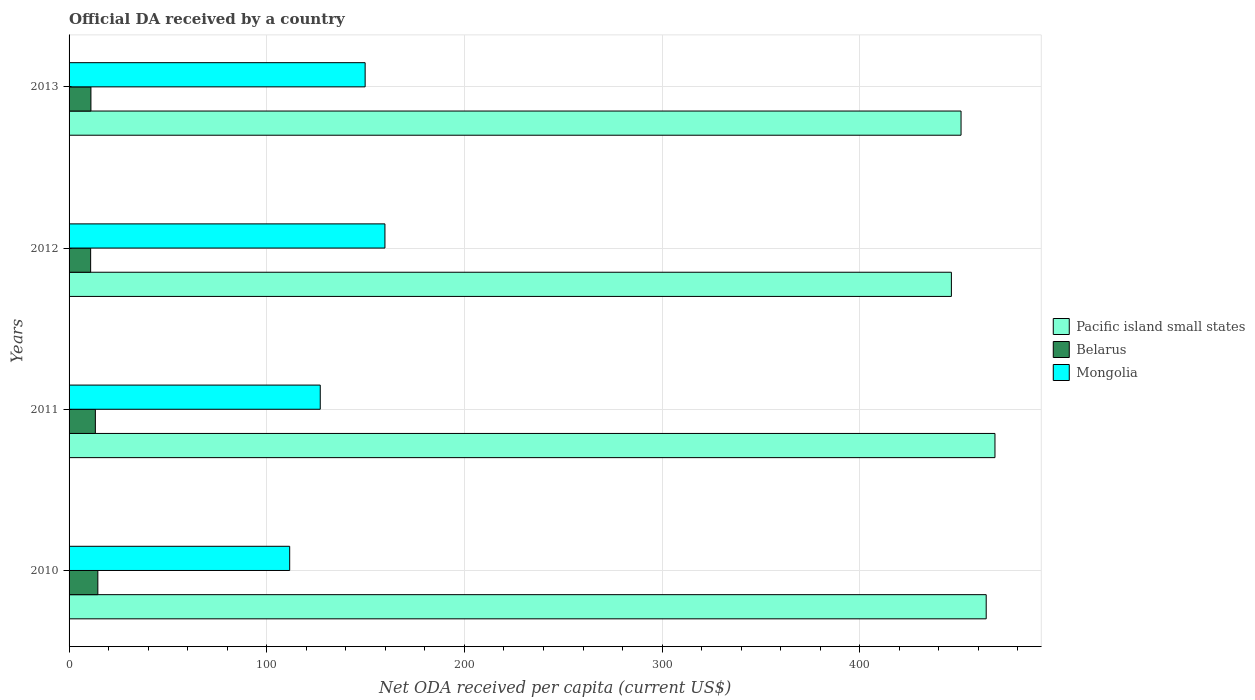
| Years | Pacific island small states | Belarus | Mongolia |
 | --- | --- | --- | --- |
 | 2010 | 464 | 14.6 | 112 |
 | 2011 | 468 | 13.3 | 127 |
 | 2012 | 446 | 10.9 | 160 |
 | 2013 | 451 | 11.1 | 150 |